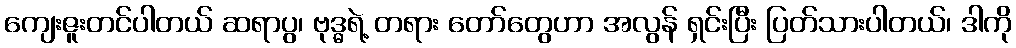
ကျေးဇူးတင်ပါတယ် ဆရာပွ၊ ဗုဒ္ဓရဲ့ တရား တော်တွေဟာ အလွန် ရှင်းပြီး ပြတ်သားပါတယ်၊ ဒါကို